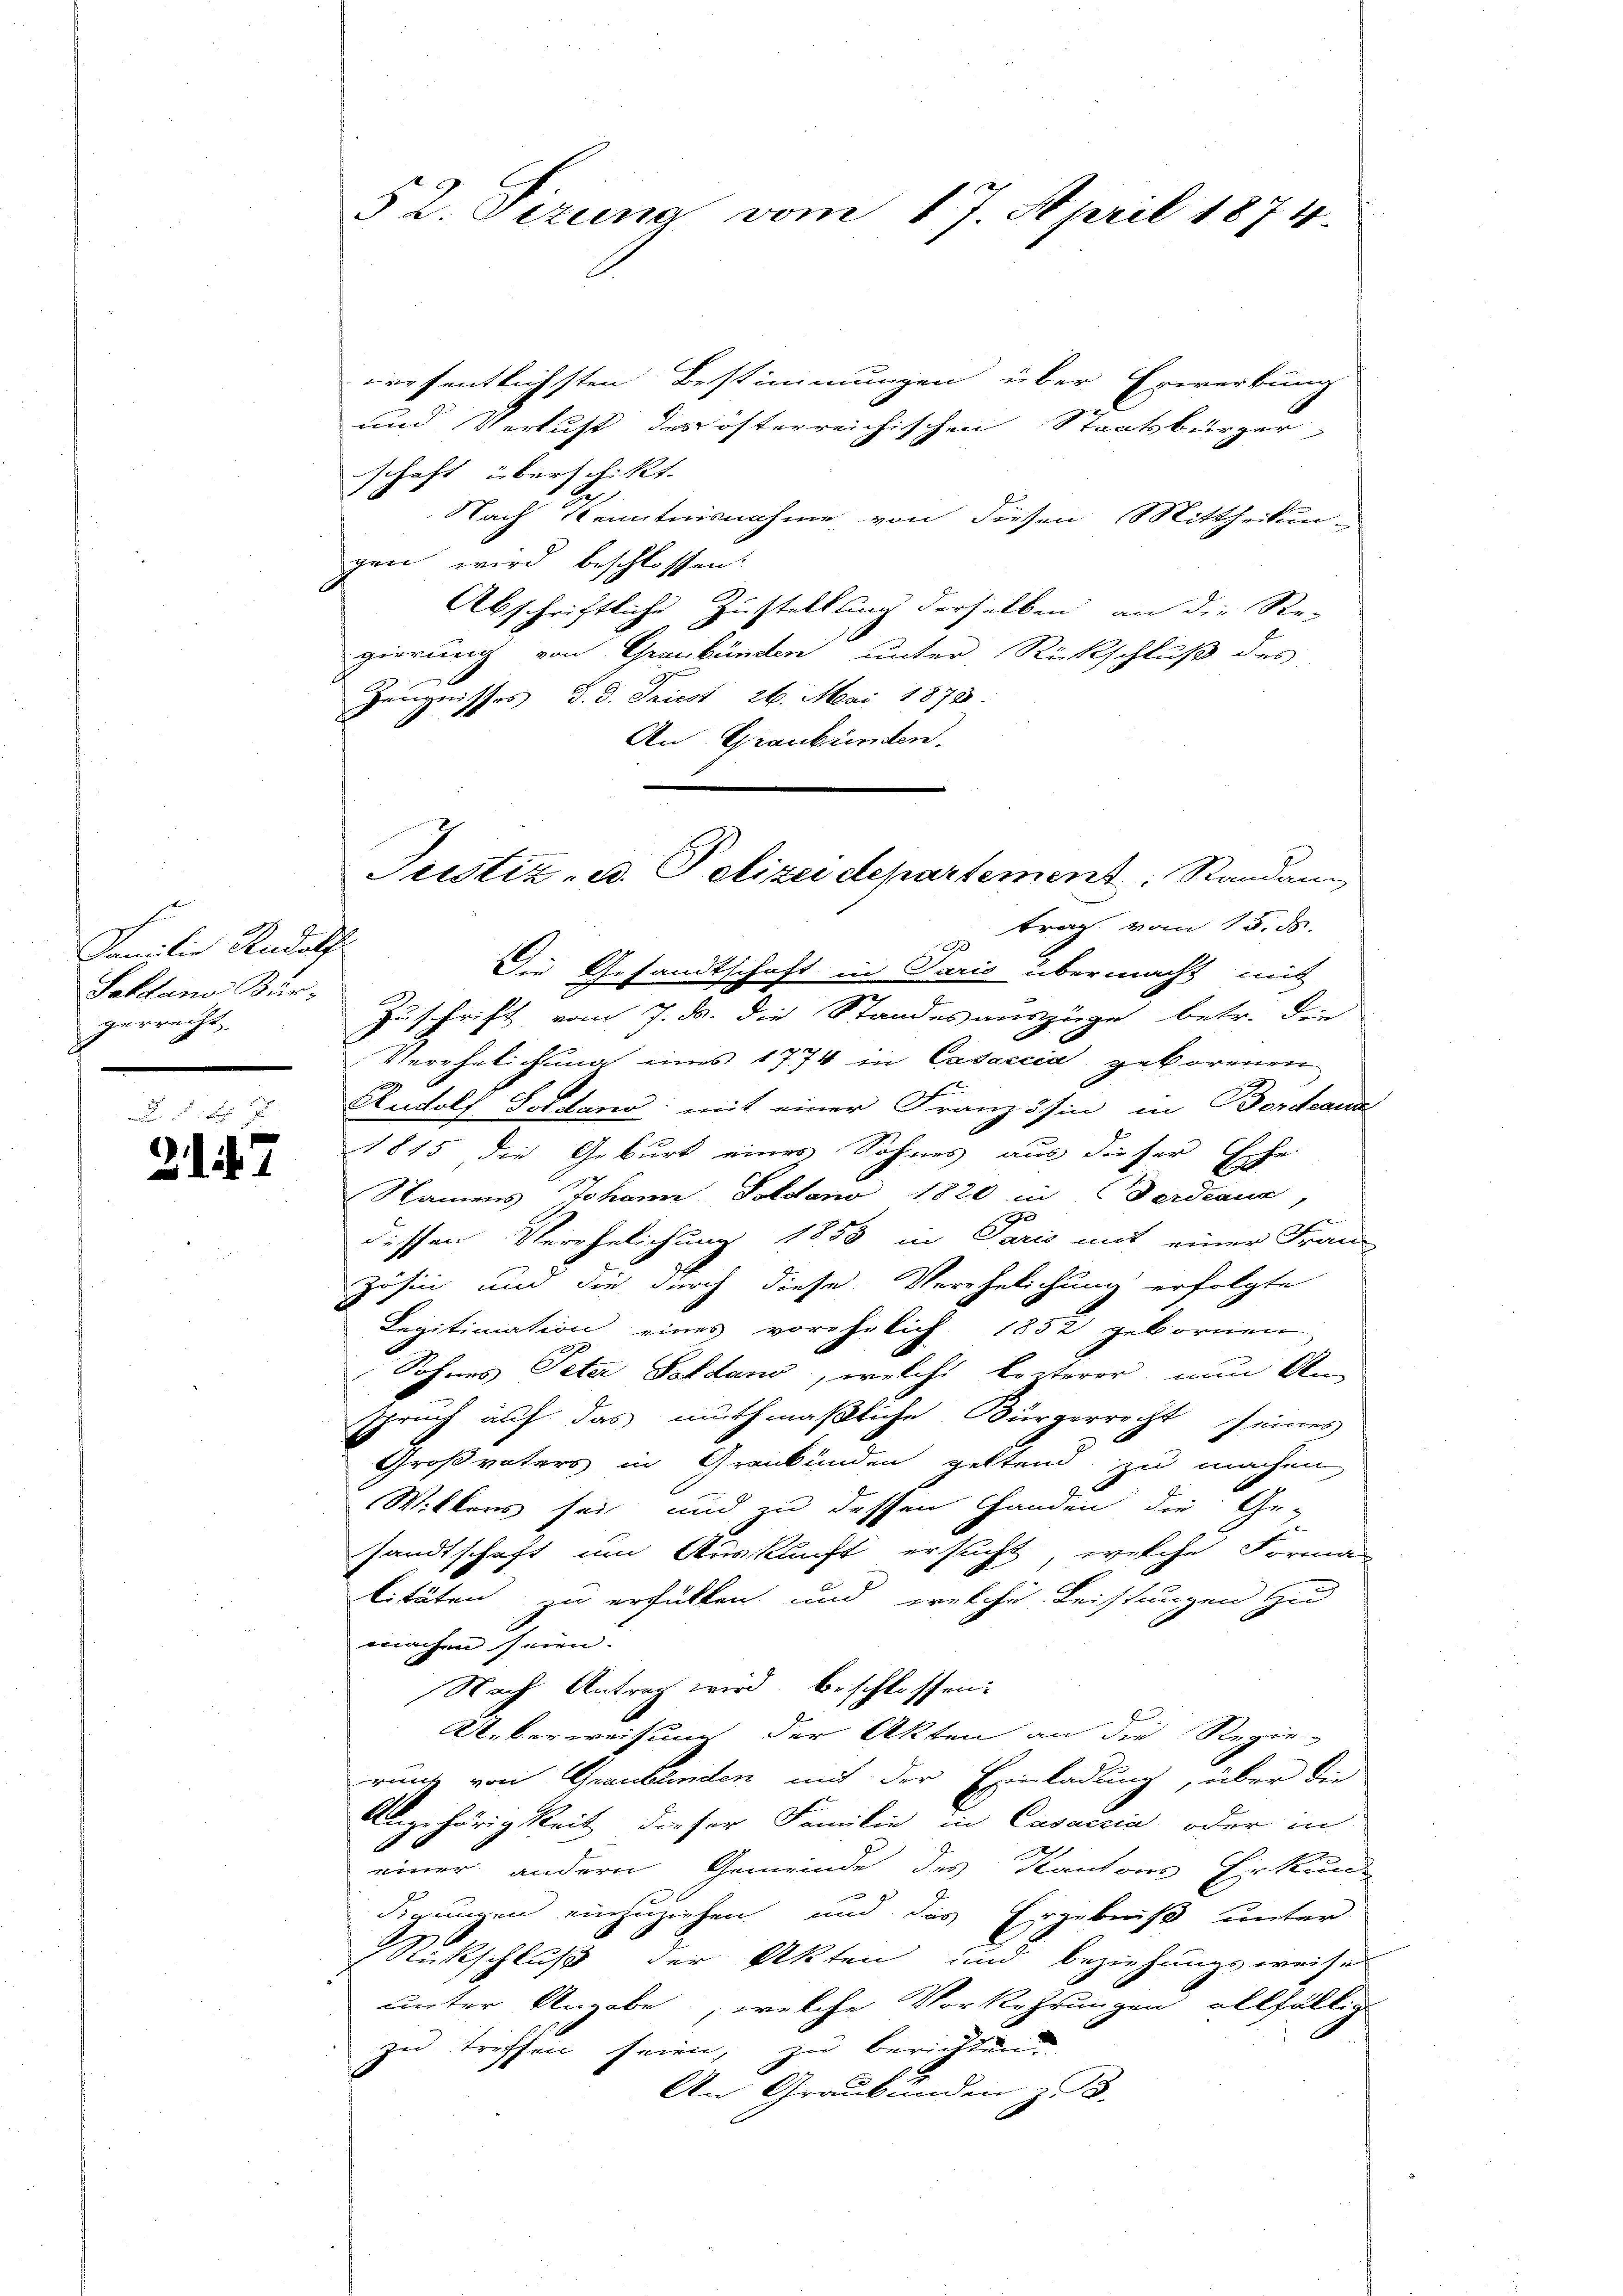
Familie Rudolf
Sehtano Burgerrecht.

2147

wesentlichsten Bestimmungen über Erwerbung
und Verlust des öfterreichischen Staatsbürger
schaft überschickt.
Nach Kenntnisnahme von diesen Mittheilun
gen wird beschlossen:
A.
Abschriftliche zustellung derselben an die Re-
gierung von Graubünden unter Rückschluß des
Zeugnisses d. d. Friest 26. Mai 1873:
An Graubünden.
Die Gesandtschaft in Paris übermacht mit
Zuschrift vom 7. ds. die Standesauszüge betr. Bei
Verehelichung eines 1774 in Casaccia geborenen
Rudolf Soldano: mit einer Französin in Bordeaus
1815 die Geburt eines Sohnes aus dieser Eche
Namens Johann Soldanó 1820 in Fordeaus,
e
dessen Verehelichung 1853 in Paris mit einer Fran
Zösin und die durch diese Verehelichung erfolgte
Legitimation eines vorehelich 1852 gebornen
Sohnes Peter Sohdano, welche leiterer nun An-
spruch auf das muthmaßliche Bürgerrecht seines
Großvaters in Grenkunden geltend zu machen,
Wittens sei und zu dessen Handen die Gesandtschaft um Auskunft ersucht, welche Forman
litäten zu erfüllen und welche Leistungen zu
machen seien.
Nach Antrag wird beschlossen:
Ueberweisung der Akten an die Regie-
runde von Graubünden mit der Einladung, über die
Angehörigkeit dieser Familie in Casaccia oder in
einer andern Gemeinde des Kantons Erkun-
dirungen einzuziehen und das Ergebniß unter
Rückschluß der Akten und Beziehungsweises
unter Angabe, welche Vorkehrungen allfällig
zu treffen seien, zu berichten.
An Graubünden z. B.

52. Sizung vom 17. April 1874

Justiz- u. Polizeidepartement, Randang
trag vom 15. ds.
Ge